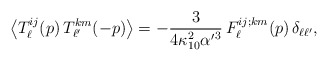
\begin{align*}\left\langle T_{\ell}^{ij}(p)\, T_{\ell'}^{km}(-p)\right\rangle =-{3\over4\kappa_{10}^2 {\alpha'}^3}\, F_{\ell}^{ij;km}(p)\, \delta_{\ell \ell'},\end{align*}